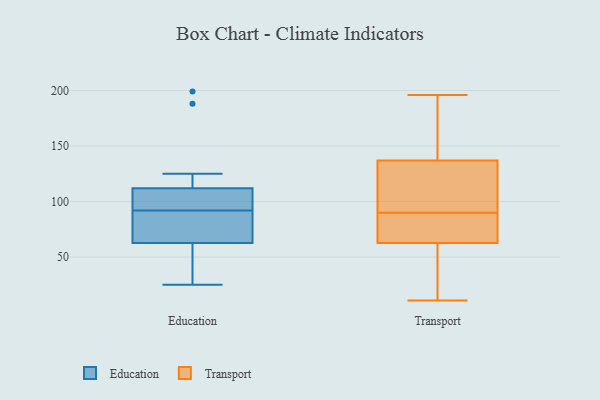
{"axis": {"x": "Waste Production (Tons)", "y": "Value"}, "legend": ["Education", "Transport"], "data": [{"x": "", "y": 104, "type": "Education"}, {"x": "", "y": 25, "type": "Education"}, {"x": "", "y": 106, "type": "Education"}, {"x": "", "y": 43, "type": "Education"}, {"x": "", "y": 76, "type": "Education"}, {"x": "", "y": 92, "type": "Education"}, {"x": "", "y": 188, "type": "Education"}, {"x": "", "y": 121, "type": "Education"}, {"x": "", "y": 88, "type": "Education"}, {"x": "", "y": 103, "type": "Education"}, {"x": "", "y": 68, "type": "Education"}, {"x": "", "y": 109, "type": "Education"}, {"x": "", "y": 67, "type": "Education"}, {"x": "", "y": 199, "type": "Education"}, {"x": "", "y": 44, "type": "Education"}, {"x": "", "y": 50, "type": "Education"}, {"x": "", "y": 125, "type": "Education"}, {"x": "", "y": 196, "type": "Transport"}, {"x": "", "y": 90, "type": "Transport"}, {"x": "", "y": 145, "type": "Transport"}, {"x": "", "y": 73, "type": "Transport"}, {"x": "", "y": 110, "type": "Transport"}, {"x": "", "y": 11, "type": "Transport"}, {"x": "", "y": 37, "type": "Transport"}, {"x": "", "y": 118, "type": "Transport"}, {"x": "", "y": 143, "type": "Transport"}, {"x": "", "y": 70, "type": "Transport"}, {"x": "", "y": 76, "type": "Transport"}, {"x": "", "y": 169, "type": "Transport"}, {"x": "", "y": 135, "type": "Transport"}, {"x": "", "y": 41, "type": "Transport"}, {"x": "", "y": 14, "type": "Transport"}, {"x": "", "y": 127, "type": "Transport"}, {"x": "", "y": 89, "type": "Transport"}]}